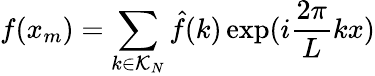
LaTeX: f(x_{m})=\sum_{k\in\mathcal{K}_{N}}\hat{f}(k)\exp(i\frac{2\pi}{L}kx)